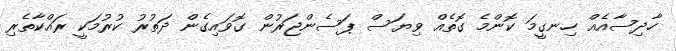
ހާދިސާއެއް ހިނގީމަ ކޮންމެ ގޮތެއް ވިޔަސް ޕަސެންޖަރުން ގޮވައިގެން ދަތުރު ކުރުމަކީ ރައްކާތެރި